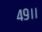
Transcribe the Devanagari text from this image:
४९।।